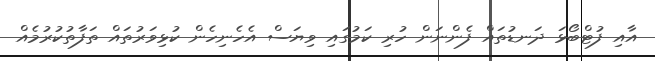
އާއި ފުޓްބޯޅަ ދަނޑުތައް ފެންނަން ހުރި ކަމުގައި ވިޔަސް އެހެނިހެން ކުޅިވަރުތައް ތަފާތުކުރުމެއް